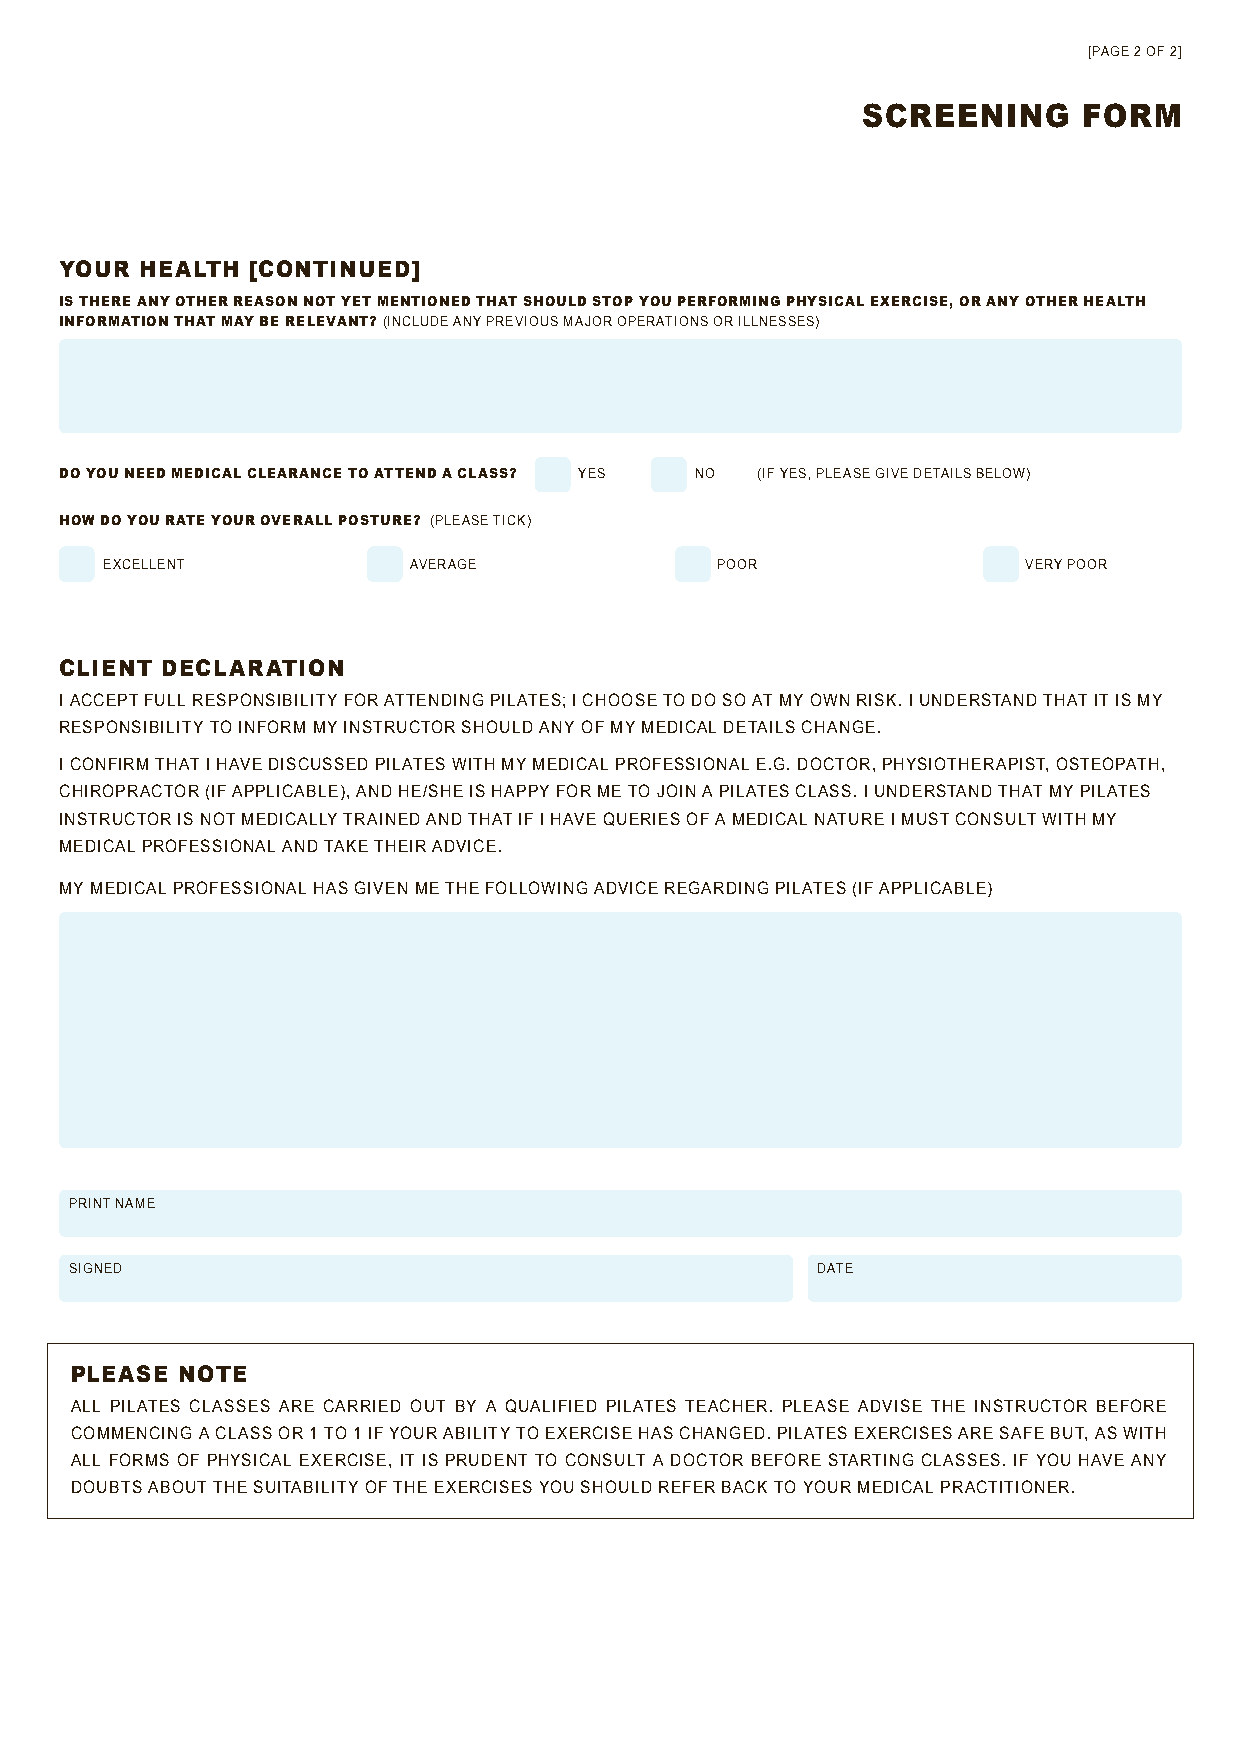
[PAGE 2 OF 2]
 SCREENING      FORM
 YOUR HEALTH  [CONTINUED]
 IS THERE ANY OTHER REASON NOT YET MENTIONED THAT SHOULD STOP YOU PERFORMING PHYSICAL EXERCISE, OR ANY OTHER HEALTH
 INFORMATION THAT MAY BE RELEVANT? (INCLUDE ANY PREVIOUS MAJOR OPERATIONS OR ILLNESSES)
 DO YOU NEED MEDICAL CLEARANCE TO ATTEND A CLASS? YES NO (IF YES, PLEASE GIVE DETAILS BELOW)
 HOW DO YOU RATE YOUR OVERALL POSTURE? (PLEASE TICK)
 EXCELLENT           AVERAGE             POOR                 VERY POOR
 CLIENT DECLARATION
 I ACCEPT FULL RESPONSIBILITY FOR ATTENDING PILATES; I CHOOSE TO DO SO AT MY OWN RISK. I UNDERSTAND THAT IT IS MY
 RESPONSIBILITY TO INFORM MY INSTRUCTOR SHOULD ANY OF MY MEDICAL DETAILS CHANGE.
 I CONFIRM THAT I HAVE DISCUSSED PILATES WITH MY MEDICAL PROFESSIONAL E.G. DOCTOR, PHYSIOTHERAPIST, OSTEOPATH,
 CHIROPRACTOR (IF APPLICABLE), AND HE/SHE IS HAPPY FOR ME TO JOIN A PILATES CLASS. I UNDERSTAND THAT MY PILATES
 INSTRUCTOR IS NOT MEDICALLY TRAINED AND THAT IF I HAVE QUERIES OF A MEDICAL NATURE I MUST CONSULT WITH MY
 MEDICAL PROFESSIONAL AND TAKE THEIR ADVICE.
 MY MEDICAL PROFESSIONAL HAS GIVEN ME THE FOLLOWING ADVICE REGARDING PILATES (IF APPLICABLE)
 PRINT NAME
 SIGNED                                           DATE
 PLEASE NOTE
 ALL PILATES CLASSES ARE CARRIED OUT BY A QUALIFIED PILATES TEACHER. PLEASE ADVISE THE INSTRUCTOR BEFORE
 COMMENCING A CLASS OR 1 TO 1 IF YOUR ABILITY TO EXERCISE HAS CHANGED. PILATES EXERCISES ARE SAFE BUT, AS WITH
 ALL FORMS OF PHYSICAL EXERCISE, IT IS PRUDENT TO CONSULT A DOCTOR BEFORE STARTING CLASSES. IF YOU HAVE ANY
 DOUBTS ABOUT THE SUITABILITY OF THE EXERCISES YOU SHOULD REFER BACK TO YOUR MEDICAL PRACTITIONER.